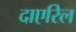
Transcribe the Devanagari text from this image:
दाएरिल